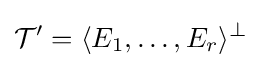
{\mathcal {T}}'=\langle E_{1},\ldots ,E_{r}\rangle ^{\perp }